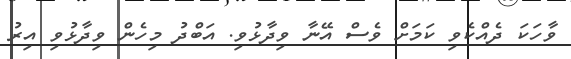
ވާހަކަ ދެއްކެވި ކަމަށް ވެސް އޭނާ ވިދާޅުވި. އަބްދު މިހެން ވިދާޅުވި އިރު